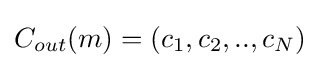
C_{out}(m)=(c_{1},c_{2},..,c_{N})